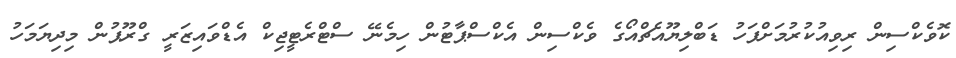
ކޮވެކްސިން ރިވިއުކުރުމަށްފަހު ޑަބްލިޔޫއެޗްއޯގެ ވެކްސިން އެކްސްޕާޓުން ހިމެނޭ ސްޓްރެޓީޖިކް އެޑްވައިޒަރީ ގްރޫޕުން މިދިޔަމަހު